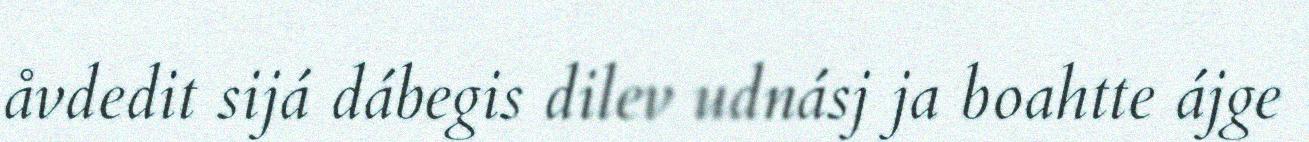
åvdedit sijá dábegis dilev udnásj ja boahtte ájge